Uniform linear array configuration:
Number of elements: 64
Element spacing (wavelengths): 0.25
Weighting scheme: hamming
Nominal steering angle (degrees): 30
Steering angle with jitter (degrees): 30.049
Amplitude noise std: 0.05
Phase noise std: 0.05

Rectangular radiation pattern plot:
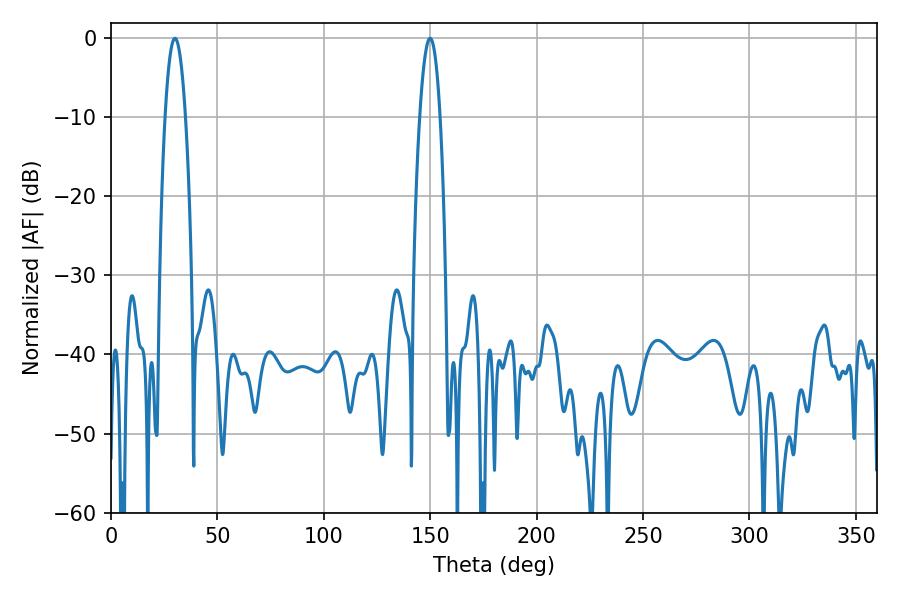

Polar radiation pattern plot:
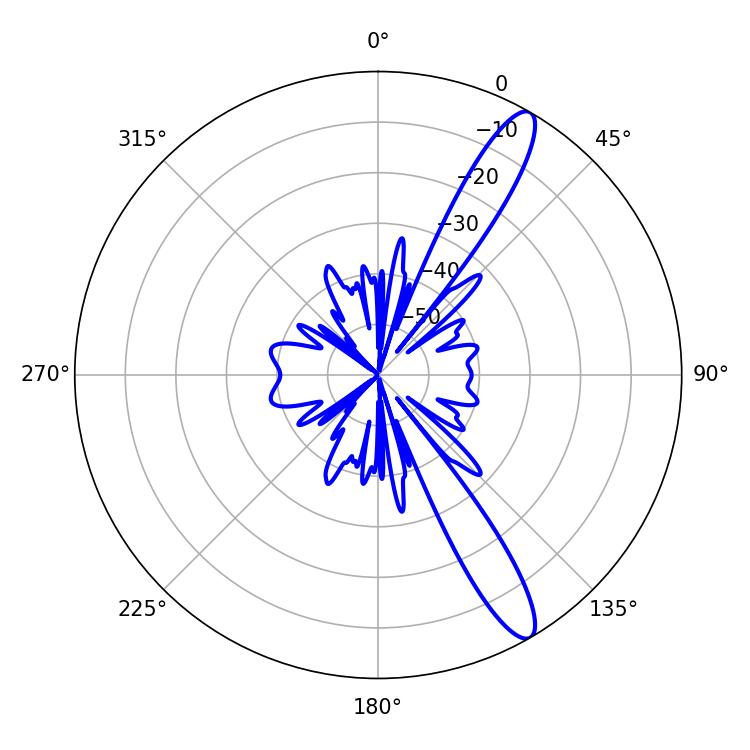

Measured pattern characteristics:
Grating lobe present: FALSE
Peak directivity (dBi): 13.011
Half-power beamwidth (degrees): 5.22
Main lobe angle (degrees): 30.06